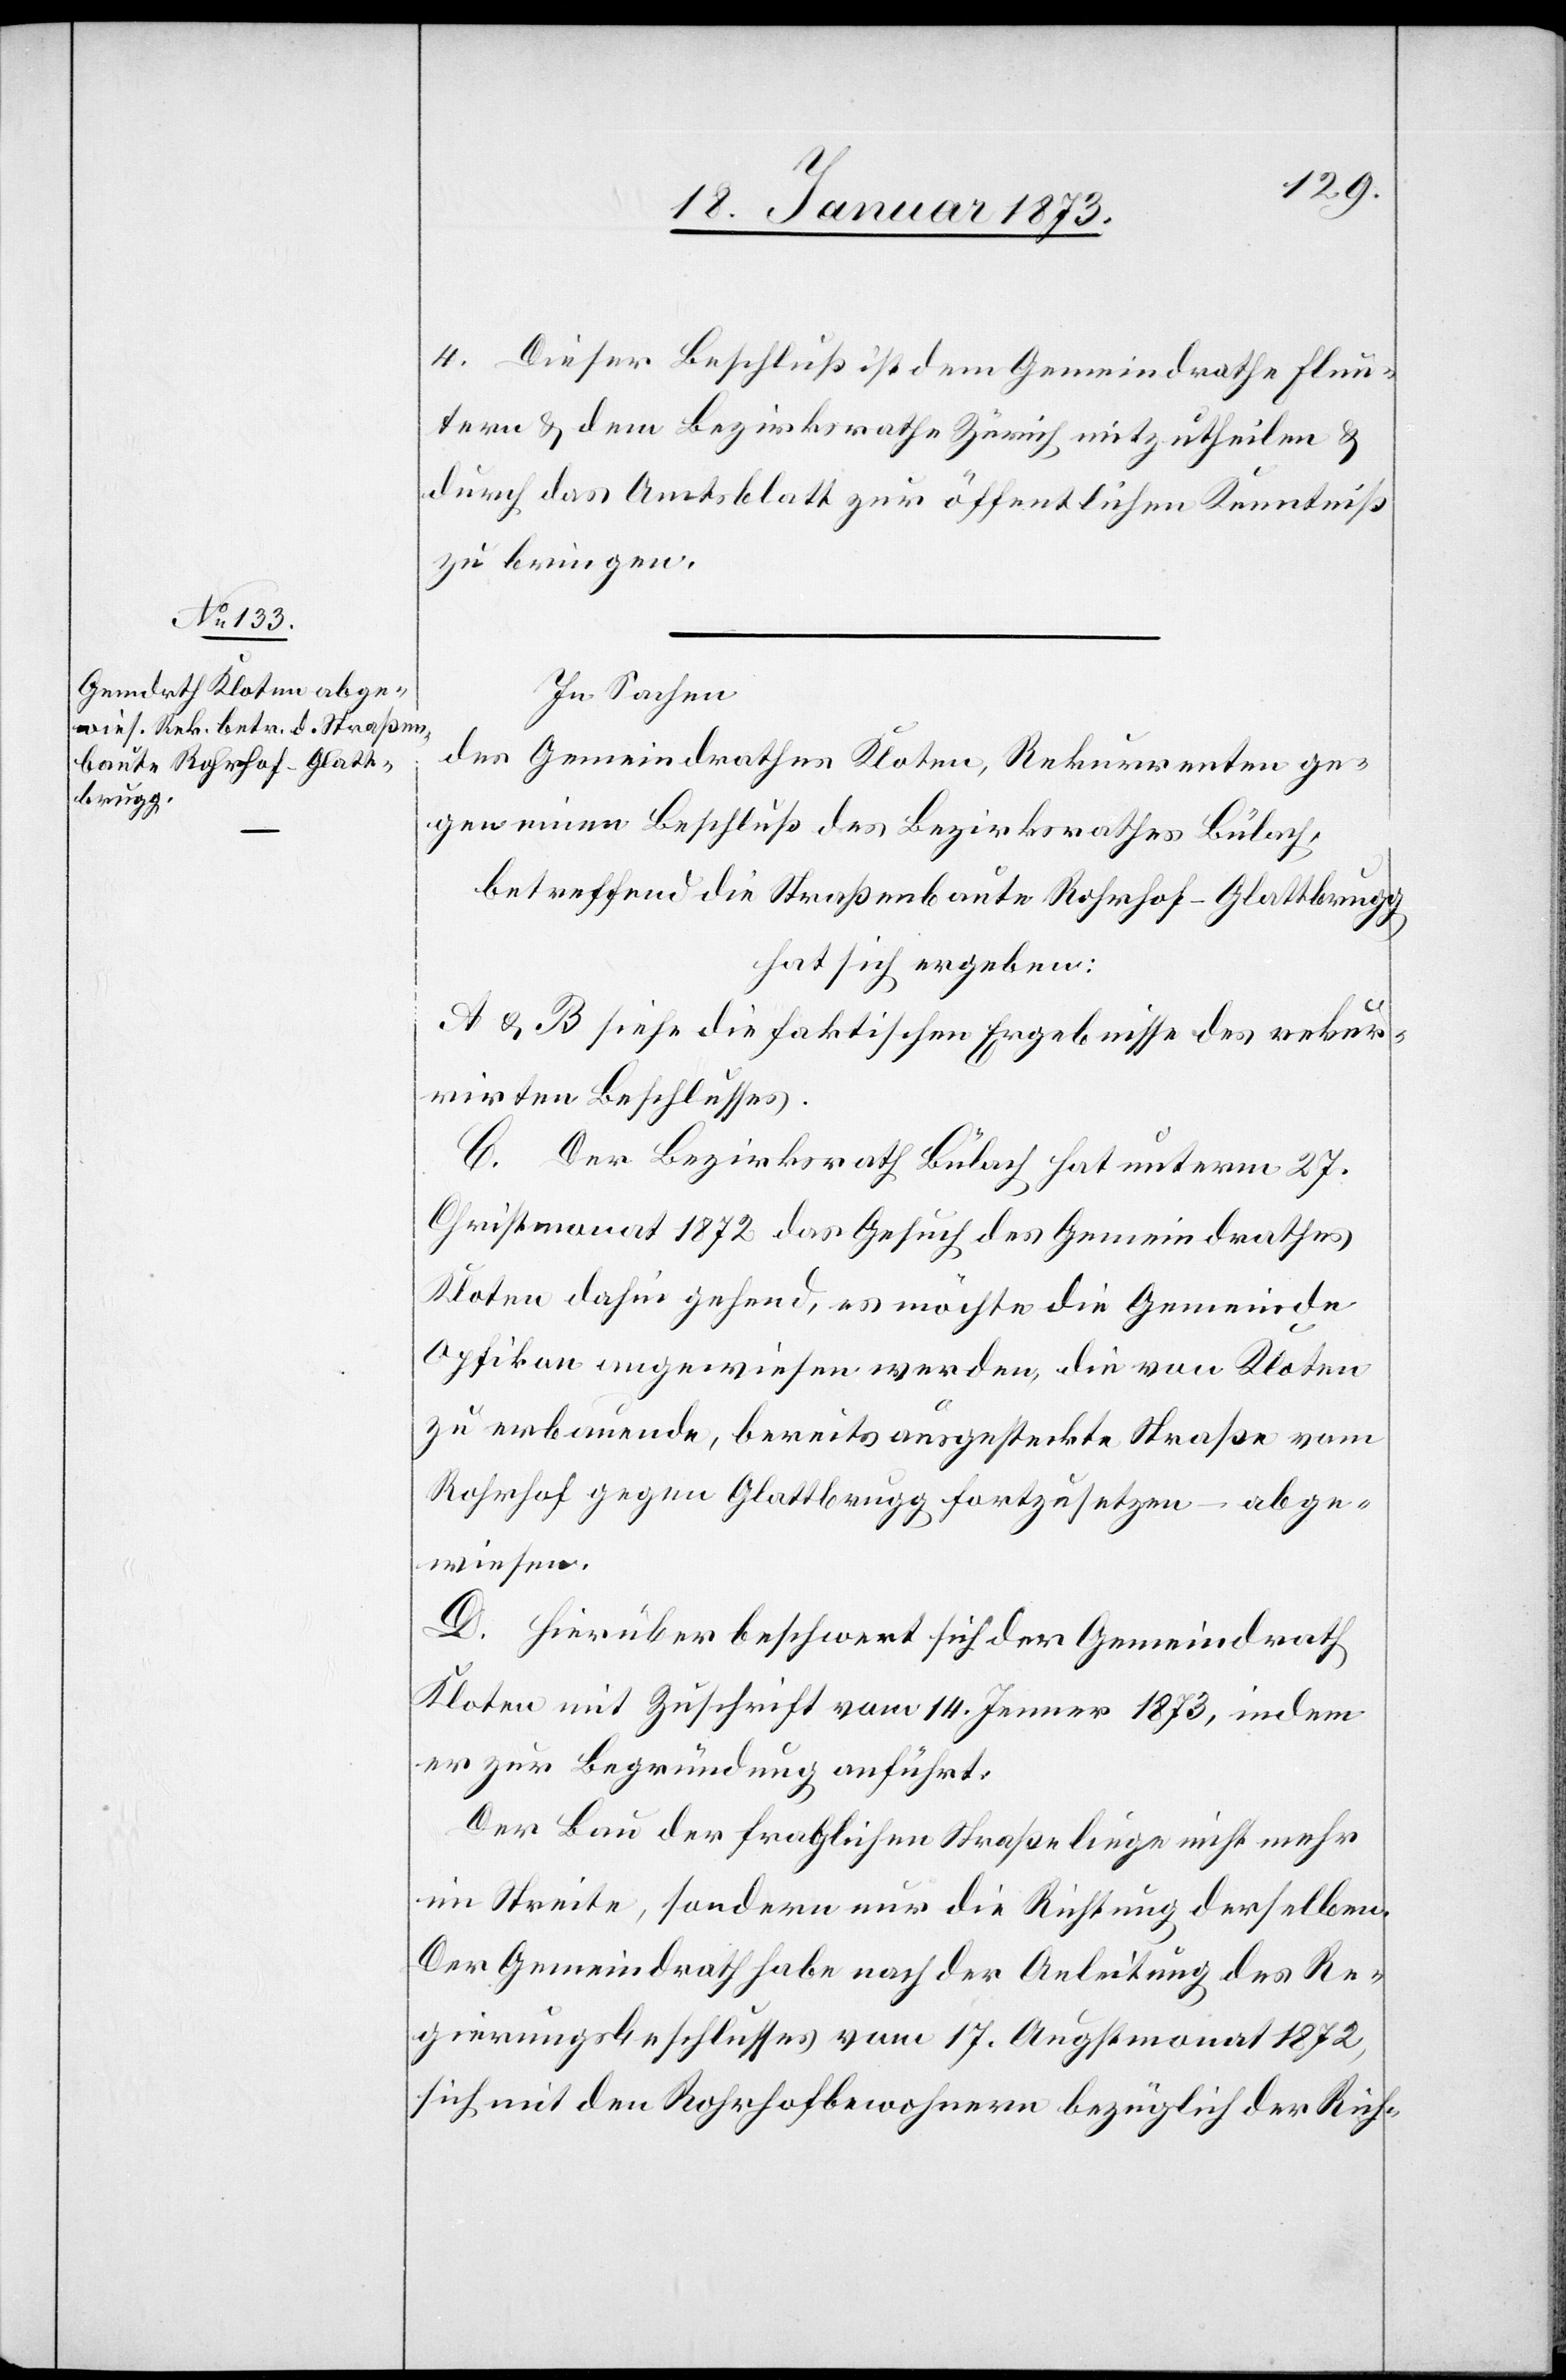
4. Dieser Beschluß ist dem Gemeindrathe Flun¬
tern u. dem Bezirksrathe Zürich mitzutheilen u.
durch das Amtsblatt zur öffentlichen Kenntniß
zu bringen.
In Sachen
des Gemeindrathes Kloten, Rekurrenten ge¬
gen einen Beschluß des Bezirksrathes Bülach,
betreffend die Straßenbaute Rohrhof–Glattbrugg
hat sich ergeben:
A u. B siehe die faktischen Ergebnisse des rekur¬
rirten Beschlusses.
C. Der Bezirksrath Bülach hat unterm 27.
Christmonat 1872 das Gesuch des Gemeindrathes
Kloten dahin gehend, es möchte die Gemeinde
Opfikon angewiesen werden, die von Kloten
zu erbauende, bereits ausgesteckte Straße vom
Rohrhof gegen Glattbrugg fortzusetzen – abge¬
wiesen.
D. Hierüber beschwert sich der Gemeindrath
Kloten mit Zuschrift vom 14. Jenner 1873, indem
er zur Begründung anführt:
Der Bau der fraglichen Straße liege nicht mehr
im Streite, sondern nur die Richtung derselben.
Der Gemeindrath habe nach der Anleitung des Re¬
gierungsbeschlusses vom 17. Augstmonat 1872,
sich mit den Rohrhofbewohnern bezüglich der Rich-